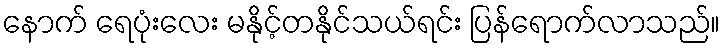
နောက် ရေပုံးလေး မနိုင့်တနိုင်သယ်ရင်း ပြန်ရောက်လာသည်။